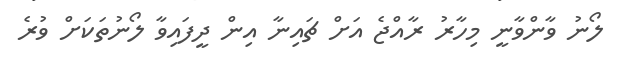
ލޯނު ވާންވާނީ މިހާރު ރާއްޖެ އަށް ޗައިނާ އިން ދީފައިވާ ލޯނުތަކަށް ވުރެ